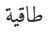
طاقية